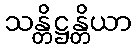
သန္တိဋ္ဌန္တိယာ